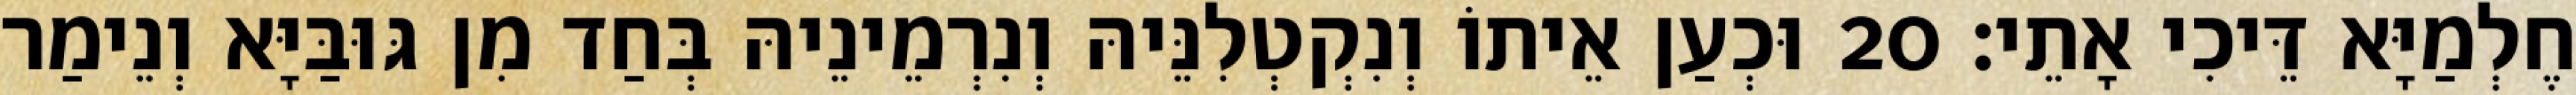
חֶלְמַיָּא דֵּיכִי אָתֵי׃ 20 וּכְעַן אֵיתוֹ וְנִקְטְלִנֵּיהּ וְנִרְמֵינֵיהּ בְּחַד מִן גּוּבַּיָּא וְנֵימַר